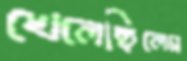
খেলেছিলেম